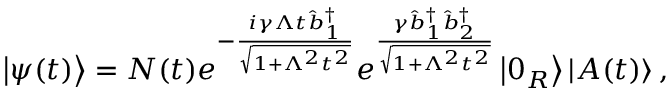
\left\vert \psi ( t ) \right\rangle = N ( t ) e ^ { - \frac { i \gamma \Lambda t \hat { b } _ { 1 } ^ { \dagger } } { \sqrt { 1 + \Lambda ^ { 2 } t ^ { 2 } } } } e ^ { \frac { \gamma \hat { b } _ { 1 } ^ { \dagger } \hat { b } _ { 2 } ^ { \dagger } } { \sqrt { 1 + \Lambda ^ { 2 } t ^ { 2 } } } } \left\vert 0 _ { R } \right\rangle \left\vert A ( t ) \right\rangle ,